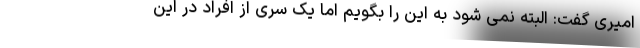
امیری گفت: البته نمی شود به این را بگویم اما یک سری از افراد در این